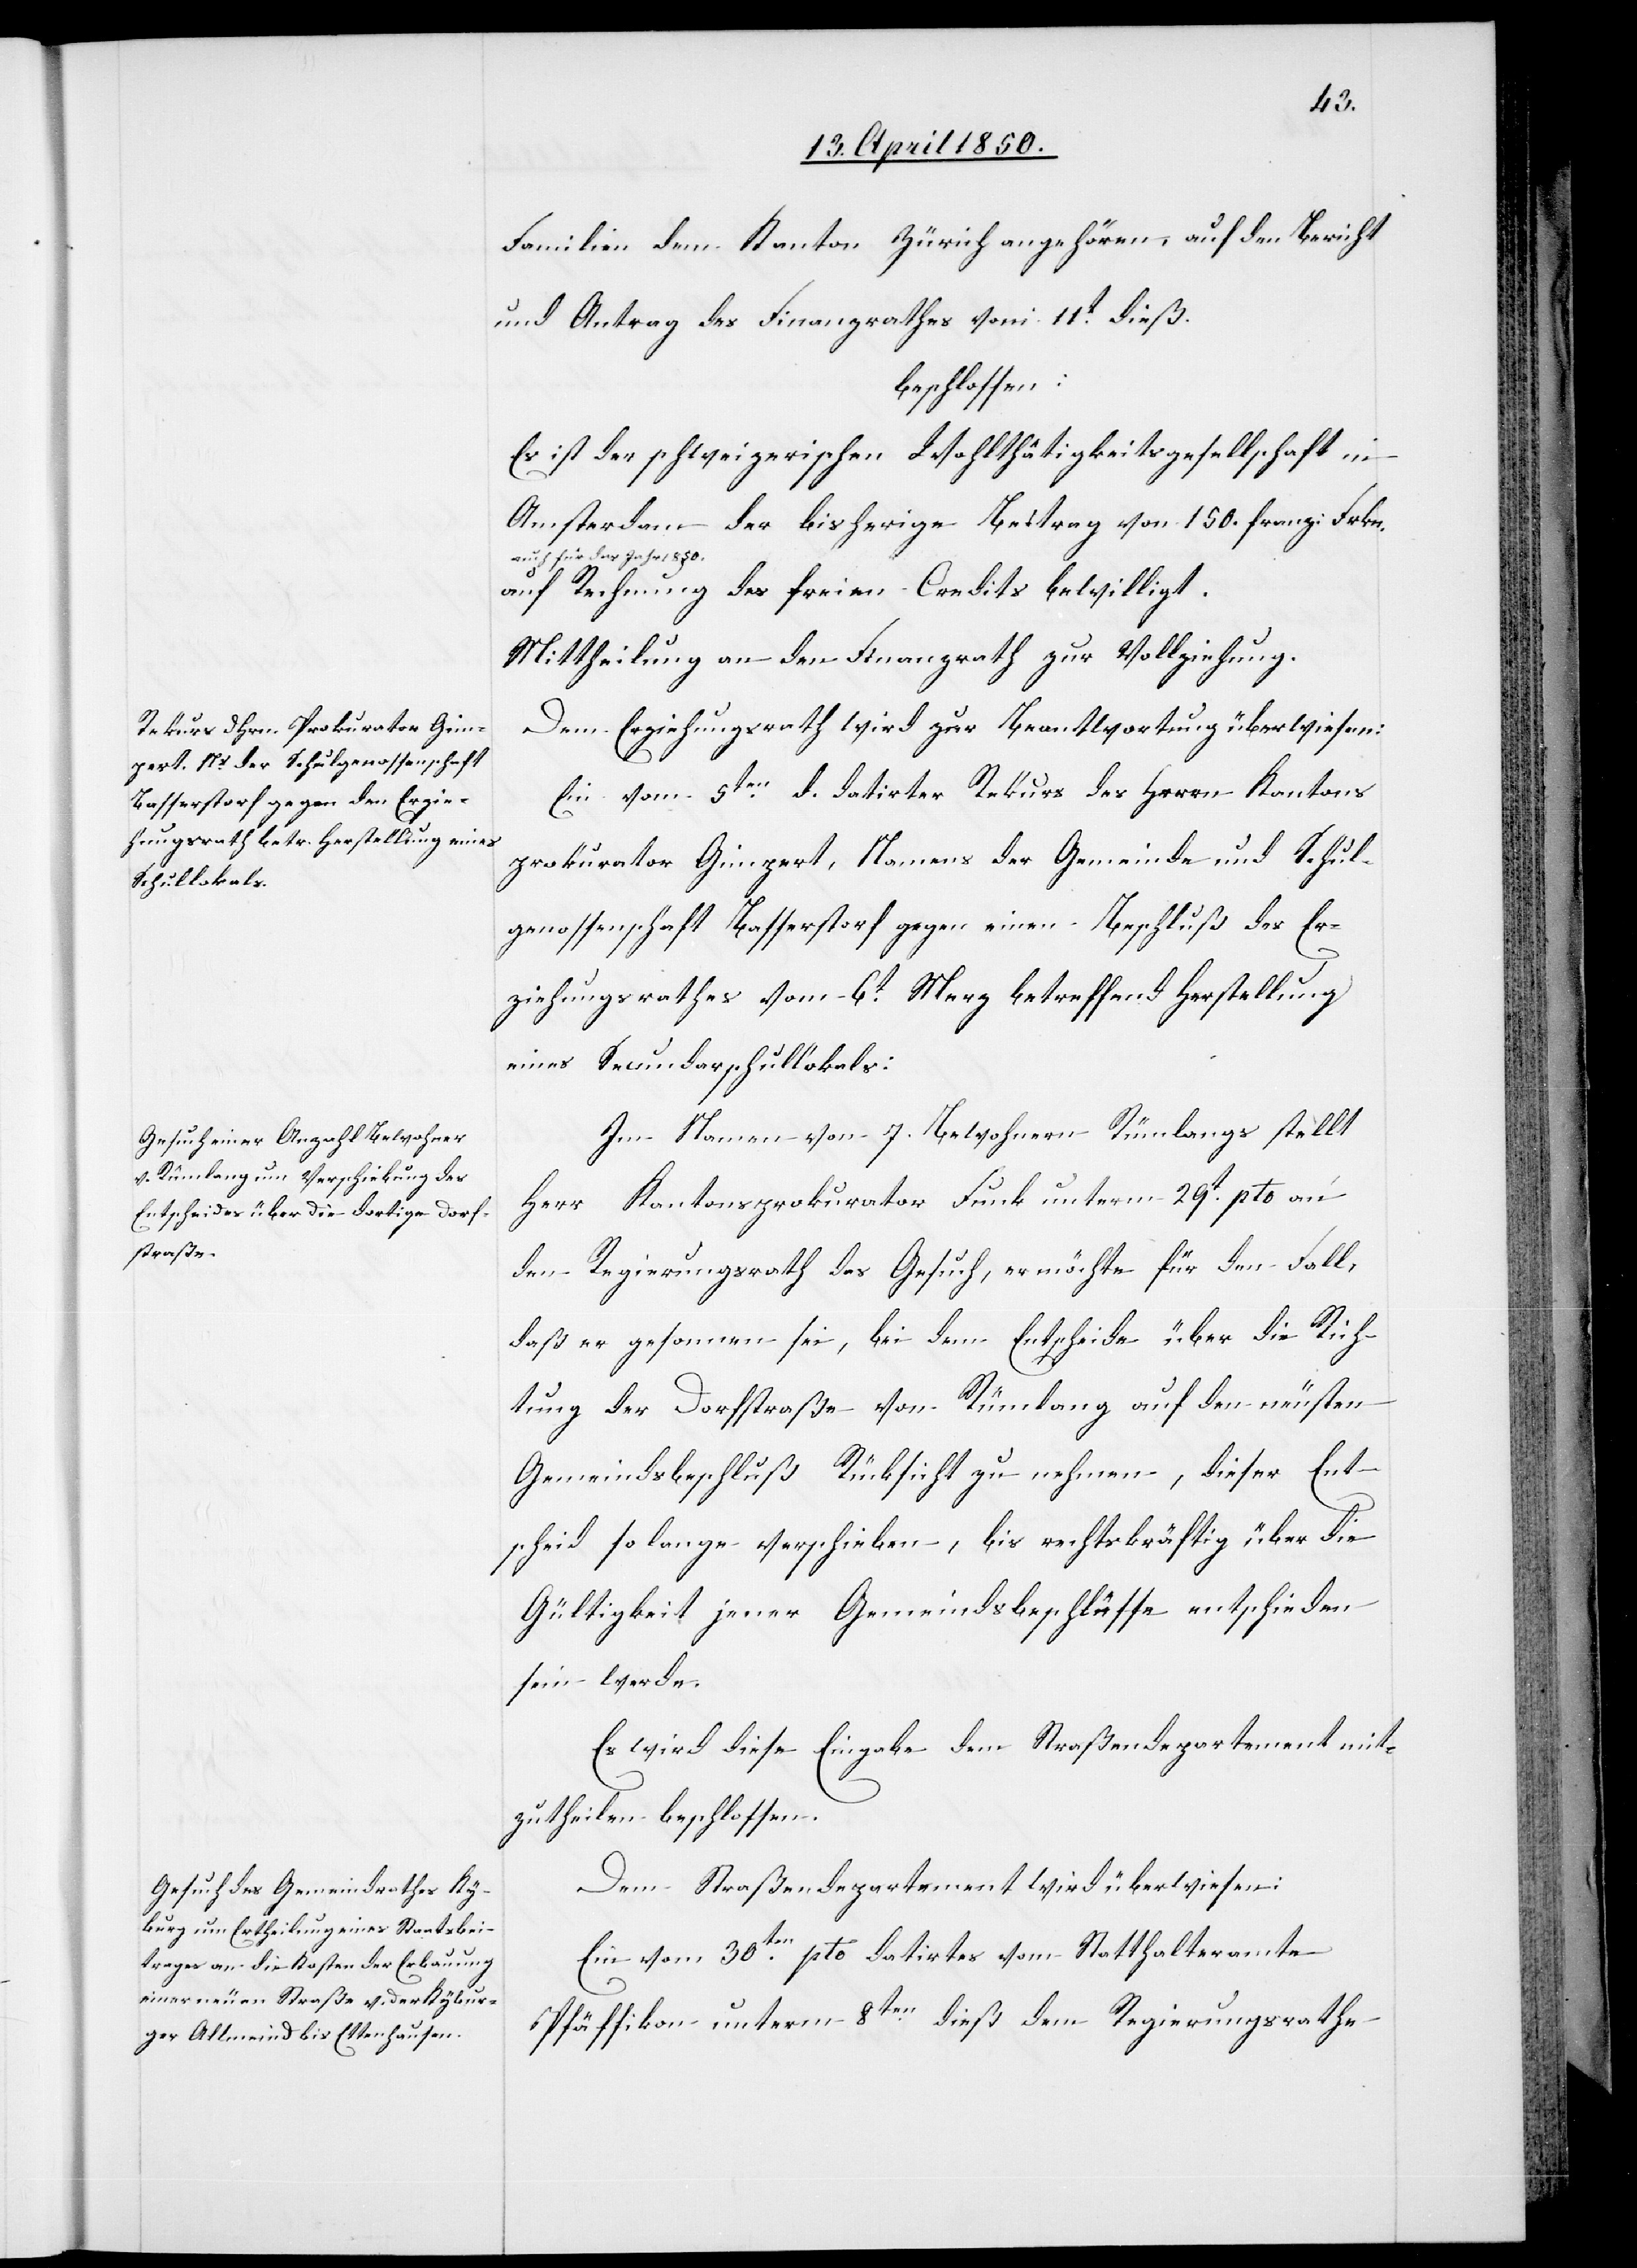
Familien dem Kanton Zürich angehören, auf den Bericht
und Antrag des Finanzrathes vom 11t dieß.
beschlossen:
Es ist der schweizerischen Wohlthätigkeitsgesellschaft in
Amsterdam der bisherige Beitrag von 150. franz. Frkn.
auch für das Jahr 1850.
auf Rechnung des freien Credits bewilligt.
Dem Erziehungsrath wird zur Beantwortung überwiesen:
Ein vom 5ten d. datirter Rekurs des Herrn Kantons¬
prokurator Gimpert, Namens der Gemeinde und Schul¬
genossenschaft Basserstorf gegen einen Beschluß des Er¬
ziehungsrathes vom 6t Merz betreffend Herstellung
eines Secundarschullokals:
Im Namen von 7. Bewohnern Rümlangs stellt
Herr Kantonsprokurator Funk unterm 29t pto an
den Regierungsrath das Gesuch, er möchte für den Fall,
daß er gesonnen sei, bei dem Entscheide über die Rich¬
tung der Dorfstraße von Rümlang auf den nächsten
Gemeindsbeschluß Rücksicht zu nehmen, dieser Ent¬
scheid so lange verschieben, bis rechtskräftig über die
Gültigkeit jener Gemeindsbeschlüsse entschieden
sein werde.
Es wird diese Eingabe dem Straßendepartement mit¬
zutheilen beschlossen.
Dem Straßendepartement wird überwiesen:
Ein vom 30ten pto datirtes vom Statthalteramte
Pfäffikon unterm 8ten dieß dem Regierungsrathe